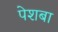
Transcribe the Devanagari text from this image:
पेशबा